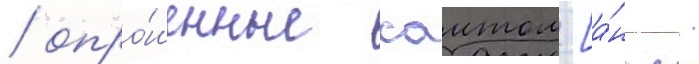
/ опро́шенные саитом [а́нгл.